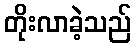
တိုးလာခဲ့သည်